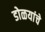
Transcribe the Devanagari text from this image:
डोळयांचे